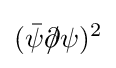
({\bar {\psi }}\partial \!\!\!/\psi )^{2}